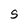
Character: S